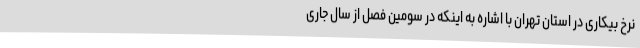
نرخ بیکاری در استان تهران با اشاره به اینکه در سومین فصل از سال جاری